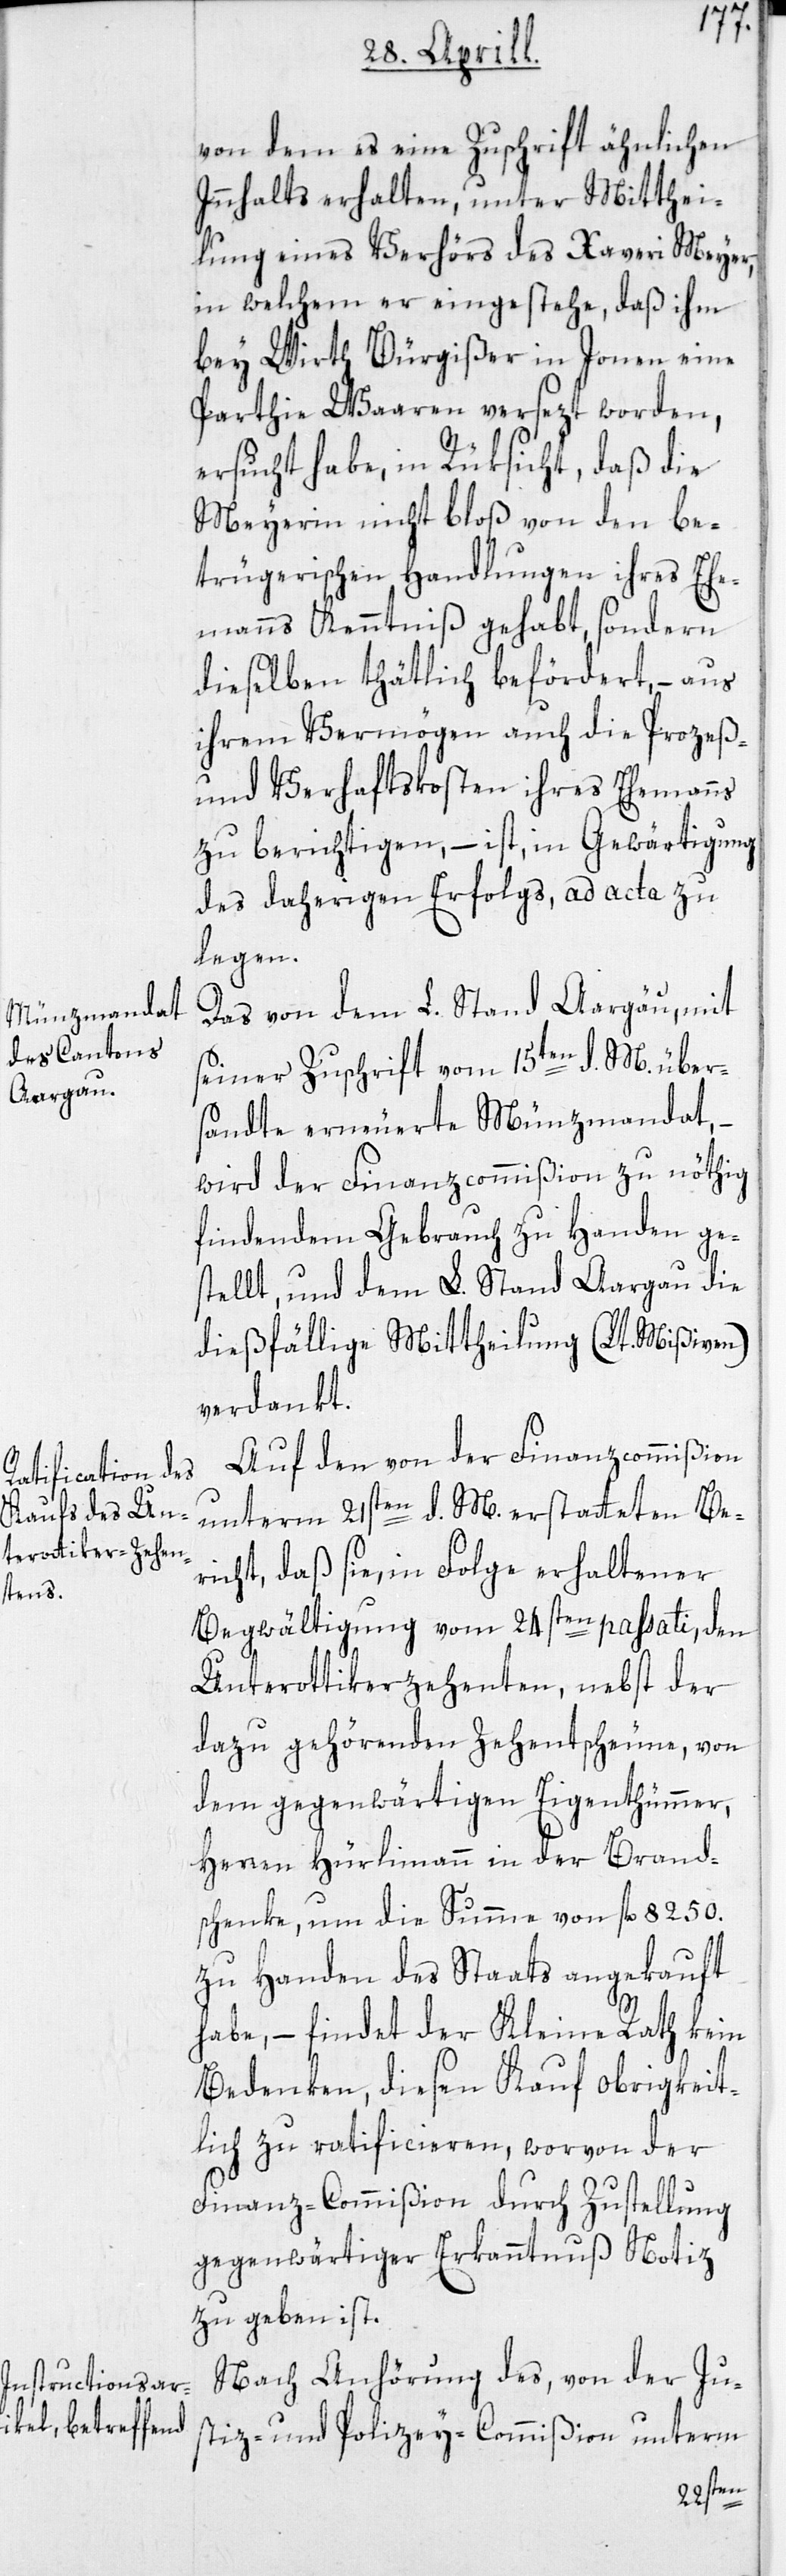
von dem es eine Zuschrift ähnlichen
Innhalts erhalten, unter Mitthei¬
lung eines Verhörs des Xaveri Meyer,
in welchem er eingestehe, daß ihm
bey Wirth Bürgißer in Jonen eine
Parthie Waaren versezt worden,
ersucht habe, in Rüksicht, daß die
Meyerin nicht bloß von den be¬
trügerischen Handlungen ihres Ehe¬
manns Kenntniß gehabt, sondern
dieselben thätlich befördert, – aus
ihrem Vermögen auch die Prozeß-
und Verhaftskosten ihres Ehemanns
zu berichtigen, – ist, in Gewärtigung
des daherigen Erfolgs, ad acta zu
legen.
Das von dem L. Stand Aargau, mit
seiner Zuschrift vom 15ten d. M. über¬
sandte erneuerte Münzmandat,
wird der Finanzcommißion zu nöthig
findendem Gebrauch zu Handen ge¬
stellt, und dem L. Stand Aargau die
dießfällige Mittheilung (Lt. Mißiven)
verdankt.
Auf den von der Finanzcommißion
unterm 21sten d. M. erstatteten Be¬
richt, daß sie, in Folge erhaltener
Begwältigung vom 24sten passati, den
Unterottikerzehenten, nebst der
dazu gehörenden Zehentscheune, von
dem gegenwärtigen Eigenthümmer,
Herren Hürlimann in der Brand¬
schenke, um die Summe von fl 8250.
zu Handen des Staats angekauft
habe, – findet der Kleine Rath kein
Bedenken, diesen Kauf obrigkeit¬
lich zu ratificieren, worvon der
Finanz-Commißion durch Zustellung
gegenwärtiger Erkanntnuß Notiz
zu geben ist.
Nach Anhörung des, von der Ju¬
stiz- und Polizey-Commißion unterm